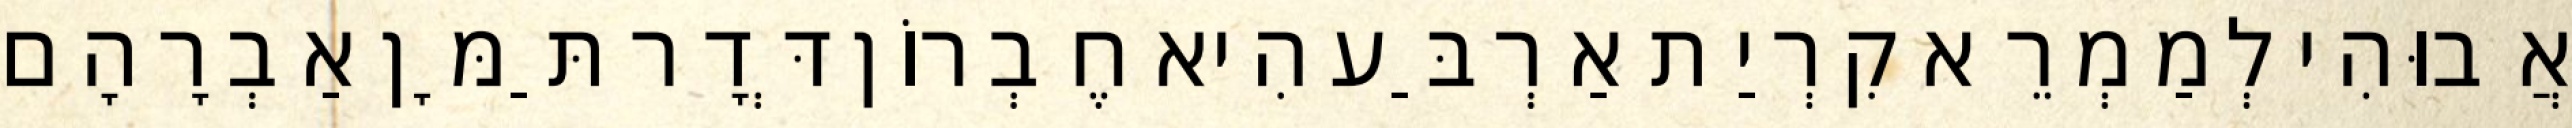
אֲבוּהִי לְמַמְרֵא קִרְיַת אַרְבַּע הִיא חֶבְרוֹן דְּדָר תַּמָּן אַבְרָהָם